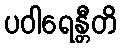
ပဝါရေန္တီတိ